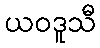
ယဝဒူသီ